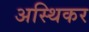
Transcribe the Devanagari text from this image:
अस्थिकर